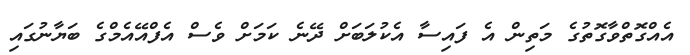
އެއްގޮތްވާގޮތުގެ މަތިން އެ ފައިސާ އެކުލަބަށް ދޭނެ ކަމަށް ވެސް އެފްއޭއެމްގެ ބަޔާނުގައި